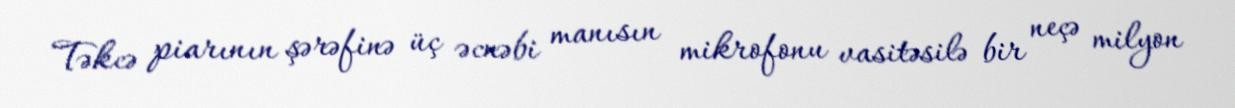
Təkcə piarının şərəfinə üç əcnəbi manısın mikrofonu vasitəsilə bir neçə milyon